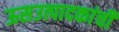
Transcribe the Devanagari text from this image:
ऊसउत्पादकांची